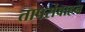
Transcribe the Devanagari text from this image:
तापसंवाहन